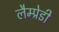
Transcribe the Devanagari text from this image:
लैम्प्रेडी